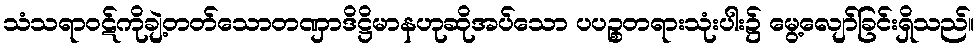
သံသရာဝဋ်ကိုချဲ့တတ်သောတဏှာဒိဋ္ဌိမာနဟုဆိုအပ်သော ပပဉ္စတရားသုံးပါး၌ မွေ့လျော်ခြင်းရှိသည်။